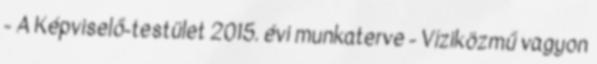
- A Képviselő-testület 2015. évi munkaterve - Víziközmű vagyon